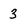
Character: 3